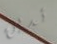
تدين